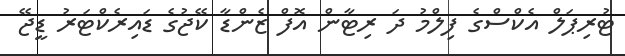
ޓުރިޕަލް އެކްސްގެ ފިލްމު ދަ ރިޓާން އޮފް ޒެންޑާ ކޭޖުގެ ޑައިރެކްޓަރު ޑީޖޭ